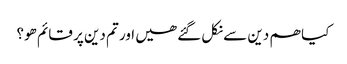
کیا ھم دین سے نکل گئے ھیں اور تم دین پر قائم ھو؟